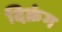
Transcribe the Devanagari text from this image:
दिक्रंग